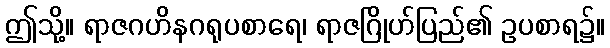
ဤသို့။ ရာဇဂဟိနဂရုပစာရေ၊ ရာဇဂြိုဟ်ပြည်၏ ဥပစာရ၌။